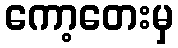
ကော့တေးမှ